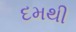
દમથી